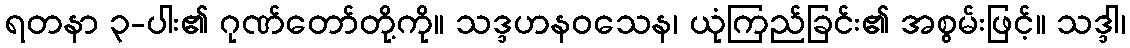
ရတနာ ၃-ပါး၏ ဂုဏ်တော်တို့ကို။ သဒ္ဒဟနဝသေန၊ ယုံကြည်ခြင်း၏ အစွမ်းဖြင့်။ သဒ္ဒါ၊